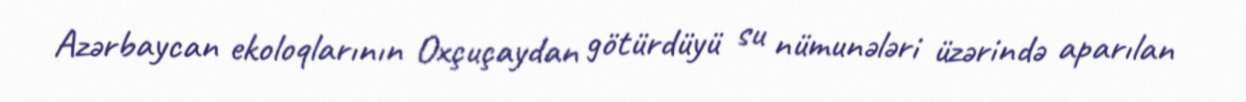
Azərbaycan ekoloqlarının Oxçuçaydan götürdüyü su nümunələri üzərində aparılan